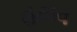
હટાવ